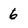
Character: 6